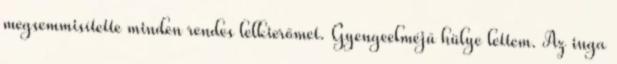
megsemmisítette minden rendes lelkierőmet. Gyengeelméjű hülye lettem. Az inga